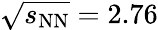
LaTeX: \sqrt{s_{\mathrm{NN}}}=2.76